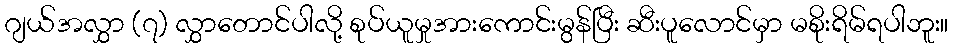
ဂျယ်အလွှာ (၇) လွှာတောင်ပါလို့ စုပ်ယူမှုအားကောင်းမွန်ပြီး ဆီးပူလောင်မှာ မစိုးရိမ်ရပါဘူး။